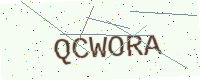
Text: QCWORA